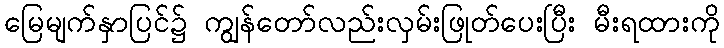
မြေမျက်နှာပြင်၌ ကျွန်တော်လည်းလှမ်းဖြုတ်ပေးပြီး မီးရထားကို